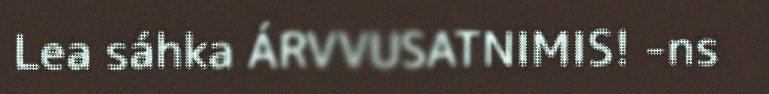
Lea sáhka ÁRVVUSATNIMIS! -ns